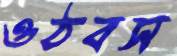
ওঠবস